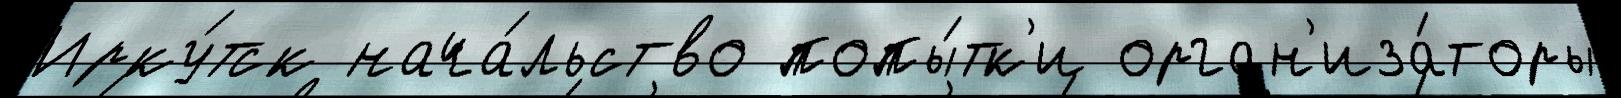
Ирку́тск нача́льство попы́тк'и орган'иза́торы